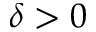
\delta > 0